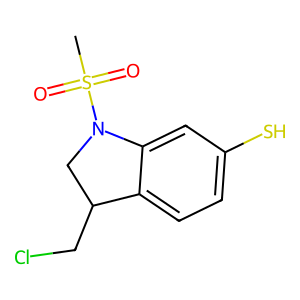
SMILES: CS(=O)(=O)N1CC(CCl)c2ccc(S)cc21
Inhibits HIV replication: No